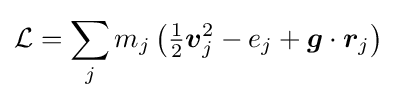
{\mathcal {L}}=\sum _{j}m_{j}\left({\tfrac {1}{2}}{\boldsymbol {v}}_{j}^{2}-e_{j}+{\boldsymbol {g}}\cdot {\boldsymbol {r}}_{j}\right)